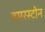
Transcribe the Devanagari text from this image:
डमरस्टोन